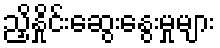
ညှိနှိုင်းဆွေးနွေးမှုများ